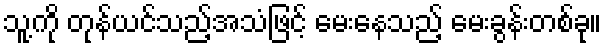
သူ့ကို တုန်ယင်သည့်အသံဖြင့် မေးနေသည့် မေးခွန်းတစ်ခု။